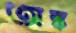
অঙ্ক